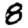
Digit: 8